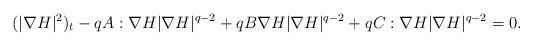
LaTeX: \begin{align*}&(|\nabla H|^2)_t-qA:\nabla H|\nabla H|^{q-2}+q B \nabla H|\nabla H|^{q-2}+qC : \nabla H|\nabla H|^{q-2}=0.\end{align*}